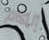
إلهام